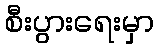
စီးပွားရေးမှာ